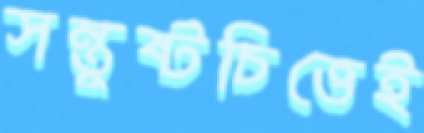
সন্তুষ্টচিত্তেই